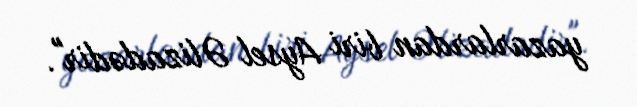
yazarlardan biri Aysel Əlizadədir".